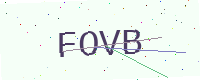
Text: FOVB